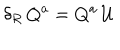
\delta _ { R } \, Q ^ { a } = Q ^ { a } \, \mathcal { U }